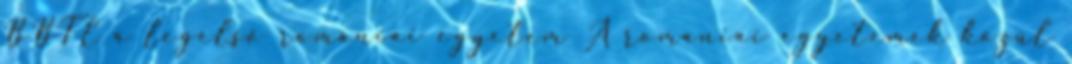
BBTE a legelső romániai egyetem A romániai egyetemek közül